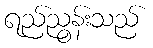
ရည်ညွန်းသည်